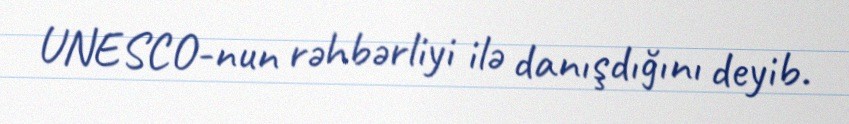
UNESCO-nun rəhbərliyi ilə danışdığını deyib.